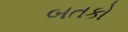
બતકો